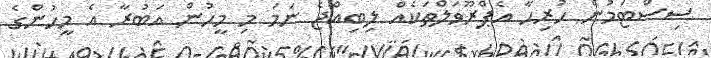
ސިސްޓަމުން ހުރިހާ އެޕްރޫވަލްތަކެއް ލިބިއްޖެ ނަމަ މި މީހުން އަބުރާ އެ މީހުންގެ